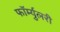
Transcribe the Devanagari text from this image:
फॉर्म्युलरी